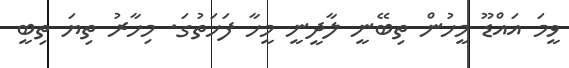
ވީމަ އައްޑޫ މީހުން ތިބޭނީ ލާދީނީ މީހާ ފަހަތުގަ. މިހާރު ތިޔަ ތިބީ